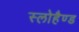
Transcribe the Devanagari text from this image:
स्लोहैण्ड